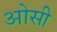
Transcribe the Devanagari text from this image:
ओसी